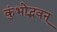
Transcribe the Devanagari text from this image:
कुंभोद्भवन्